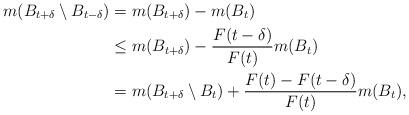
LaTeX: \begin{align*} m(B_{t+\delta}\setminus B_{t-\delta})&=m(B_{t+\delta})-m(B_t)\\ &\leq m(B_{t+\delta})-\frac{F(t-\delta)}{F(t)}m(B_t)\\ &=m(B_{t+\delta}\setminus B_t)+\frac{F(t)-F(t-\delta)}{F(t)}m(B_t),\end{align*}